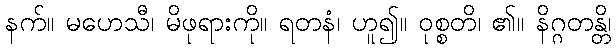
နက်။ မဟေသီ၊ မိဖုရားကို။ ရတနံ၊ ဟူ၍။ ဝုစ္စတိ၊ ၏။ နိဂ္ဂတန္တိ၊